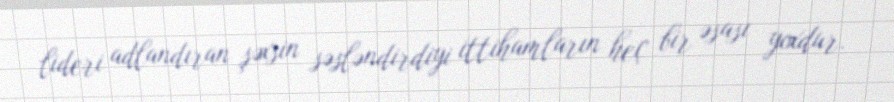
lideri adlandıran şəxsin səsləndirdiyi ittihamların heç bir əsası yoxdur.